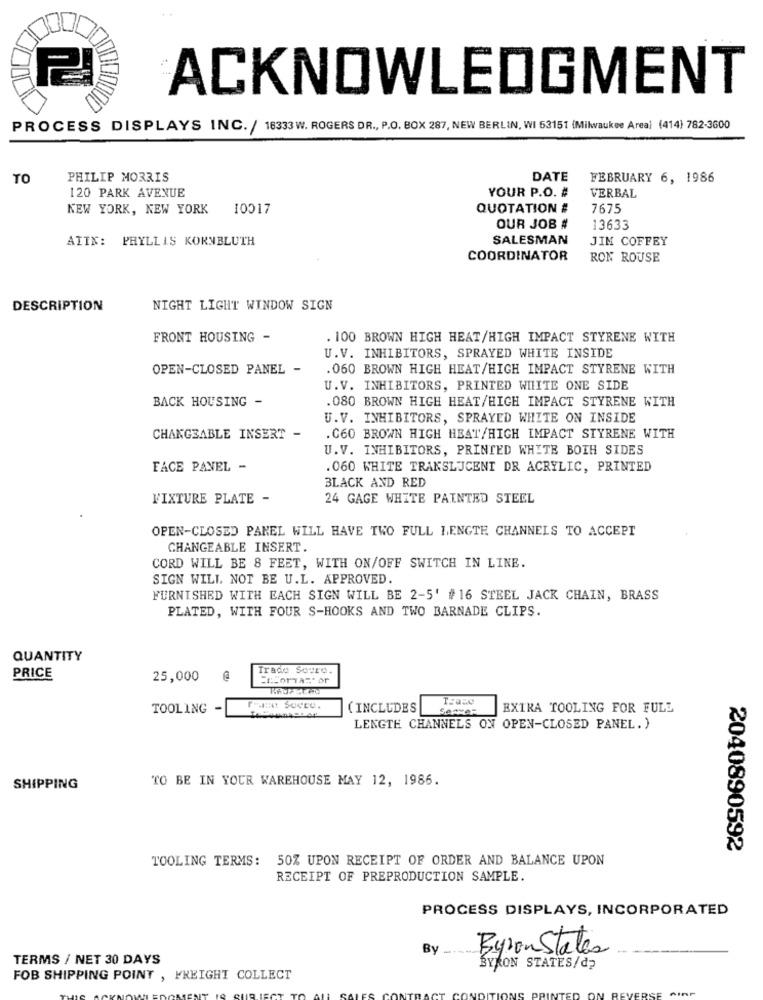
ACKNOWLEDGMENT
PROCESS DISPLAYS INC. / 16333 W. ROGERS DR ., P.O. BOX 287, NEW BERLIN, WI 53151 (Milwaukee Areal (414) 782-3600
TO
PHILIP MORRIS
DATE
FEBRUARY 6, 1986
120 PARK AVENUE
YOUR P.O. #
VERBAL
NEW YORK, NEW YORK
10017
QUOTATION #
7675
OUR JOB #
13633
ATIN: PHYLLIS KORNBLUTH
SALESMAN
JIM COFFEY
COORDINATOR
RON ROUSE
DESCRIPTION
NIGHT LIGHT WINDOW SIGN
FRONT HOUSING -
. 100 BROWN HIGH HEAT/HIGH IMPACT STYRENE WITH
U.V. INHIBITORS, SPRAYED WHITE INSIDE
OPEN-CLOSED PANEL -
. 060 BROWN HIGH HEAT/HIGH IMPACT STYRENE WITH
U.V. INHIBITORS, PRINTED WHITE ONE SIDE
BACK HOUSING -
. 080 BROWN HIGH HEAT/HIGH IMPACT STYRENE WITH
U.V. INHIBITORS, SPRAYED WHITE ON INSIDE
CHANGEABLE INSERT -
. G60 BROWN HIGH HEAT/HIGH IMPACT STYRENE WITH
U.V. INHIBITORS, PRINTED WHITE BOTH SIDES
FACE PANEL -
.060 WHITE TRANSLUCENT DR ACRYLIC, PRINTED
BLACK AND RED
FIXTURE PLATE -
24 GAGE WHITE PAINTED STEEL
OPEN-CLOSED PANEL WILL HAVE TWO FULL LENGTE CHANNELS TO ACCEPT
CHANGEABLE INSERT.
CORD WILL BE 8 FEET, WITH ON/OFF SWITCH IN LINE.
SIGN WILL NOT BE U.L. APPROVED.
FURNISHED WITH EACH SIGN WILL BE 2-5' #16 STEEL JACK CHAIN, BRASS
PLATED, WITH FOUR S-HOOKS AND TWO BARNADE CLIPS.
QUANTITY
Trade Soure.
PRICE
25,000
@
ELHorTA =* or
TOOLING -
PANINI SOCEO.
( INCLUDES
EXTRA TOOLING FOR FULL
LENGTE CHANNELS ON OPEN-CLOSED PANEL. )
TO BE IN YOUR WAREHOUSE MAY 12, 1986.
SHIPPING
2040890592
TOOLING TERMS: 50% UPON RECEIPT OF ORDER AND BALANCE UPON
RECEIPT OF PREPRODUCTION SAMPLE.
PROCESS DISPLAYS, INCORPORATED
By ..........
Byron States
TERMS / NET 30 DAYS
BYRON STATES/d?
FOB SHIPPING POINT , FREIGHT COLLECT